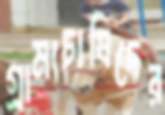
গ্রাম্যচাষিদের